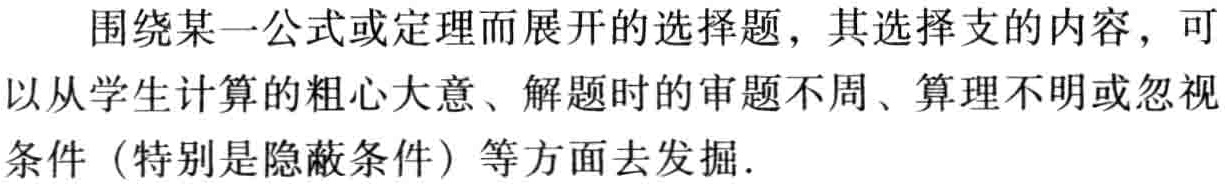
围绕某一公式或定理而展开的选择题，其选择支的内容，可以从学生计算的粗心大意、解题时的审题不周、算理不明或忽视条件（特别是隐蔽条件）等方面去发掘.